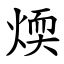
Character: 煗